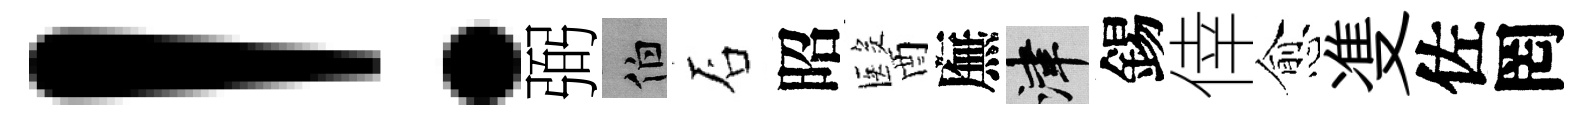
！弼伯石昭醫廡津錫倖愈㕠佐罔